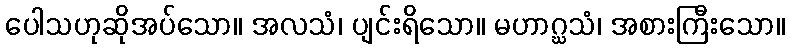
ပေါသဟုဆိုအပ်သော။ အလသံ၊ ပျင်းရိသော။ မဟာဂ္ဃသံ၊ အစားကြီးသော။